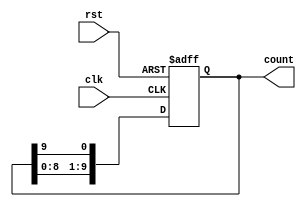
module decade_ring_counter (
    input wire clk,          // Clock input
    input wire rst,          // Asynchronous reset
    output reg [9:0] count   // 10-bit output
);

// Initial state
initial begin
    count = 10'b0000000001; // Start at state 0
end

// Always block for state transition
always @(posedge clk or posedge rst) begin
    if (rst) begin
        count <= 10'b0000000001; // Reset to state 0
    end else begin
        // Shift the '1' to the next position
        count <= {count[8:0], count[9]}; // Shift left and wrap around
    end
end

endmodule